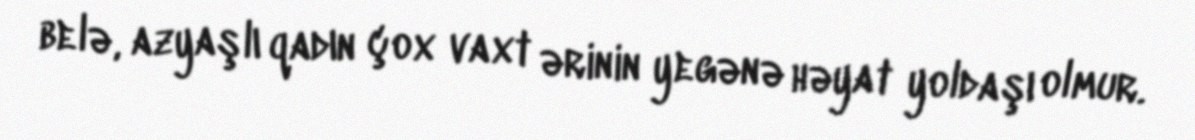
belə, azyaşlı qadın çox vaxt ərinin yegənə həyat yoldaşı olmur.